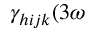
\gamma _ { h i j k } ( 3 \omega